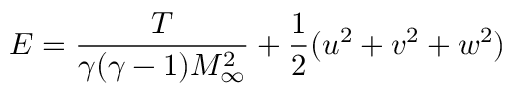
E = \frac { T } { \gamma ( \gamma - 1 ) M _ { \infty } ^ { 2 } } + \frac { 1 } { 2 } ( u ^ { 2 } + v ^ { 2 } + w ^ { 2 } )